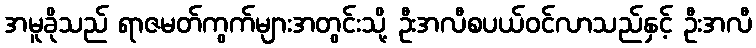
အမူခိုသည် ရာဇမတ်ကွက်များအတွင်းသို့ ဦးအလီစပယ်ဝင်လာသည်နှင့် ဦးအလီ